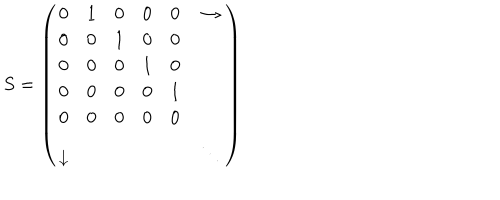
S = \left( \begin{array} { c c c c c c } { { 0 } } & { { 1 } } & { { 0 } } & { { 0 } } & { { 0 } } & { { \rightarrow } } \\ { { 0 } } & { { 0 } } & { { 1 } } & { { 0 } } & { { 0 } } & { { } } \\ { { 0 } } & { { 0 } } & { { 0 } } & { { 1 } } & { { 0 } } & { { } } \\ { { 0 } } & { { 0 } } & { { 0 } } & { { 0 } } & { { 1 } } & { { } } \\ { { 0 } } & { { 0 } } & { { 0 } } & { { 0 } } & { { 0 } } & { { } } \\ { { \downarrow } } & { { } } & { { } } & { { } } & { { } } & { { \ddots } } \\ \end{array} \right)